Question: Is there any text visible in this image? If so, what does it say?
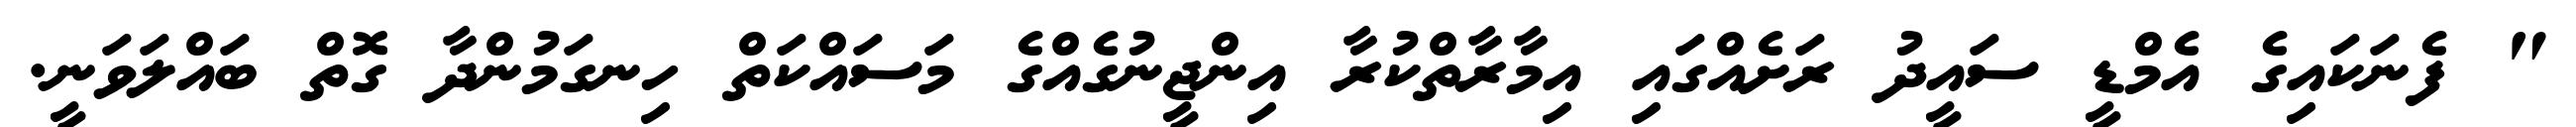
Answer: " ފެނަކައިގެ އެމްޑީ ސައީދު ރަށެއްގައި އިމާރާތްކުރާ އިންޖީނުގެއްގެ މަސައްކަތް ހިނގަމުންދާ ގޮތް ބައްލަވަނީ.